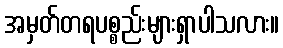
အမှတ်တရပစ္စည်းများရှာပါသလား။